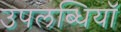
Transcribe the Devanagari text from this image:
उपलब्धियॉ